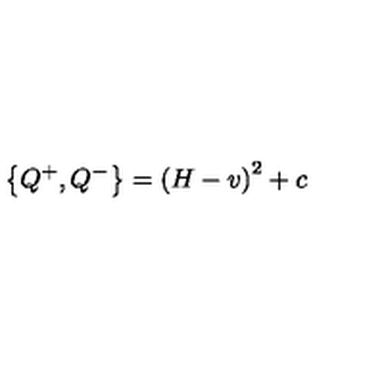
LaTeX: \left\{ Q ^ { + } , Q ^ { - } \right\} = \left( H - v \right) ^ { 2 } + c